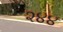
૨૪૪